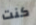
كنت